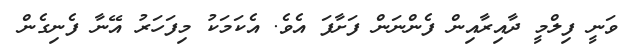
ވަނީ ފިލްމީ ދާއިރާއިން ފެންނަން ފަށާފަ އެވެ. އެކަމަކު މިފަހަރު އޭނާ ފެނިގެން